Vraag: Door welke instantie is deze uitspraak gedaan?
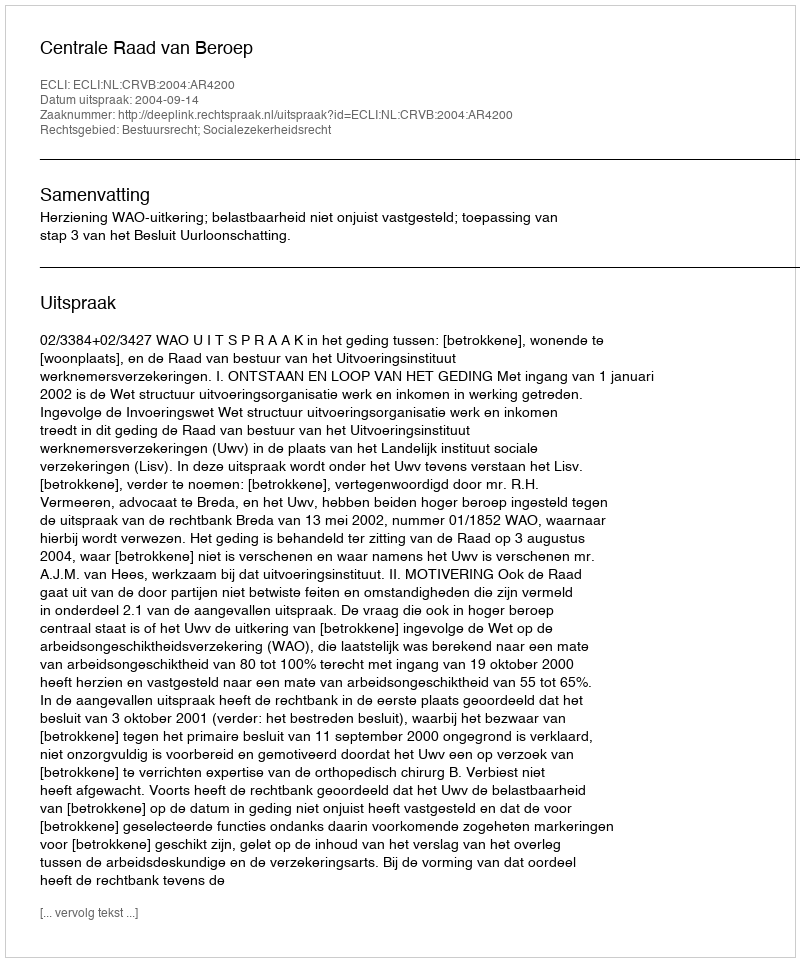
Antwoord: Centrale Raad van Beroep